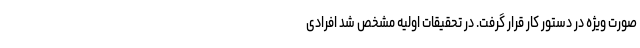
صورت ویژه در دستور کار قرار گرفت. در تحقیقات اولیه مشخص شد افرادی